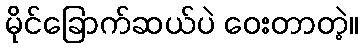
မိုင်ခြောက်ဆယ်ပဲ ဝေးတာတဲ့။